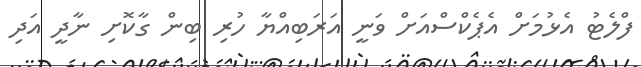
ފްލެޓު އެޅުމަށް އެޕެކްސްއަށް ވަނީ އަރަބިއްޔާ ހުރި ބިން ގާކޮށި ނާދީ އަދި